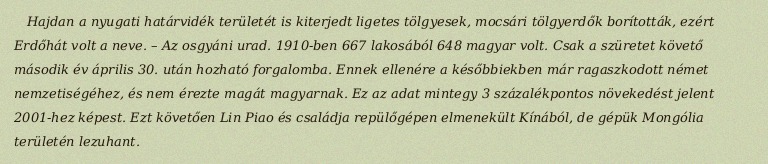
Hajdan a nyugati határvidék területét is kiterjedt ligetes tölgyesek, mocsári tölgyerdők borították, ezért Erdőhát volt a neve. – Az osgyáni urad. 1910-ben 667 lakosából 648 magyar volt. Csak a szüretet követő második év április 30. után hozható forgalomba. Ennek ellenére a későbbiekben már ragaszkodott német nemzetiségéhez, és nem érezte magát magyarnak. Ez az adat mintegy 3 százalékpontos növekedést jelent 2001-hez képest. Ezt követően Lin Piao és családja repülőgépen elmenekült Kínából, de gépük Mongólia területén lezuhant.